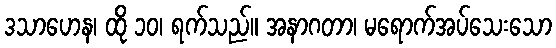
ဒသာဟေန၊ ထို ၁၀၊ ရက်သည်။ အနာဂတာ၊ မရောက်အပ်သေးသော